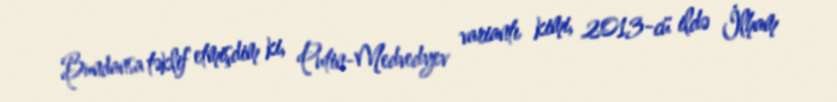
Bundansa təklif etmişdim ki, Putin-Medvedyev variantı kimi, 2013-cü ildə İlham